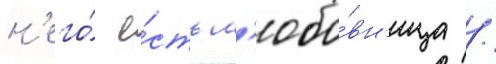
н'его́ е́сть л'юбо́вн'ица /